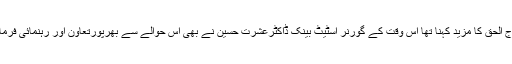
سراج الحق کا مزید کہنا تھا اس وقت کے گورنر اسٹیٹ بینک ڈاکٹرعشرت حسین نے بھی اس حوالے سے بھرپورتعاون اور رہنمائی فرمائی ۔